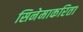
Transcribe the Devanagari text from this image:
सिनेमाकरिता